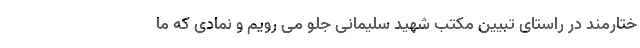
ختارمند در راستای تبیین مکتب شهید سلیمانی جلو می رویم و نمادی که ما